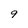
Character: 9